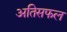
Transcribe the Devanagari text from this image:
अतिसफल